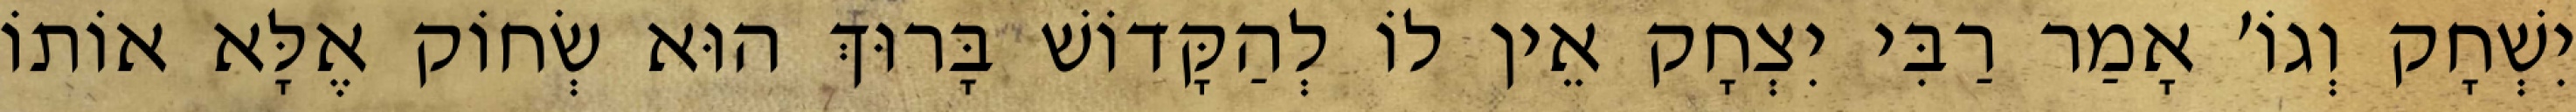
יִשְׁחָק וְגוֹ׳ אָמַר רַבִּי יִצְחָק אֵין לוֹ לְהַקָּדוֹשׁ בָּרוּךְ הוּא שְׂחוֹק אֶלָּא אוֹתוֹ